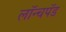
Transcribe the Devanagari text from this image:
लॉन्चपॅड